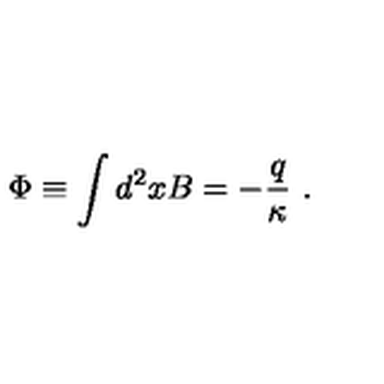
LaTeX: \Phi \equiv \displaystyle \int d ^ { 2 } x B = - \frac q \kappa { \ . }